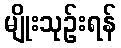
မျိုးသုဉ်းရန်